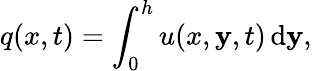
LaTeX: q(x,t)=\int_{0}^{h}u(x,\mathbf{y},t)\mathop{}\! \mathrm{{d}}\mathbf{y},